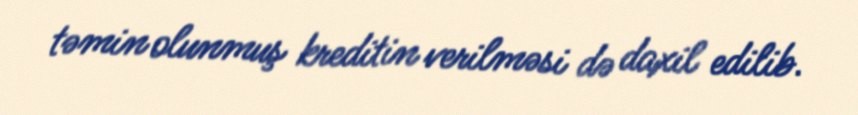
təmin olunmuş kreditin verilməsi də daxil edilib.